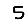
Digit: 5